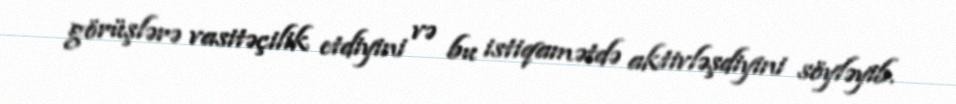
görüşlərə vasitəçilik etdiyini və bu istiqamətdə aktivləşdiyini söyləyib.